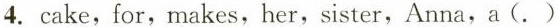
4. cake,for,makes,her,sister,Anna,a(. )